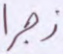
زجرا